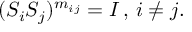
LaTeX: ( S _ { i } S _ { j } ) ^ { m _ { i j } } = I \, , \, i \neq j .